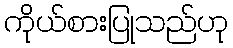
ကိုယ်စားပြုသည်ဟု